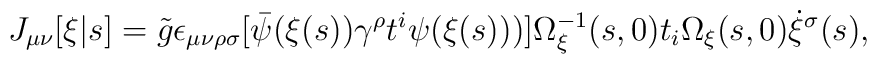
J_{\mu\nu}[\xi|s] = \tilde{g} \epsilon_{\mu\nu\rho\sigma} [\bar{\psi}(\xi(s))   \gamma^\rho t^i \psi(\xi(s)))] \Omega_\xi^{-1}(s,0) t_i \Omega_\xi(s,0)   \dot{\xi}^\sigma(s),